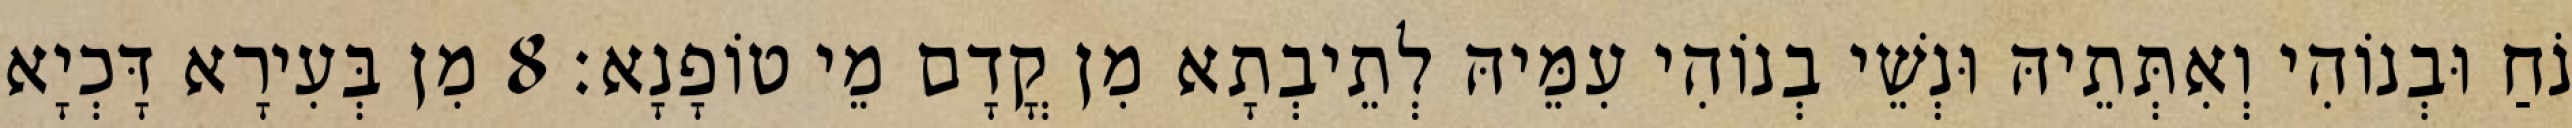
נֹחַ וּבְנוֹהִי וְאִתְּתֵיהּ וּנְשֵׁי בְנוֹהִי עִמֵּיהּ לְתֵיבְתָא מִן קֳדָם מֵי טוֹפָנָא׃ 8 מִן בְּעִירָא דָּכְיָא